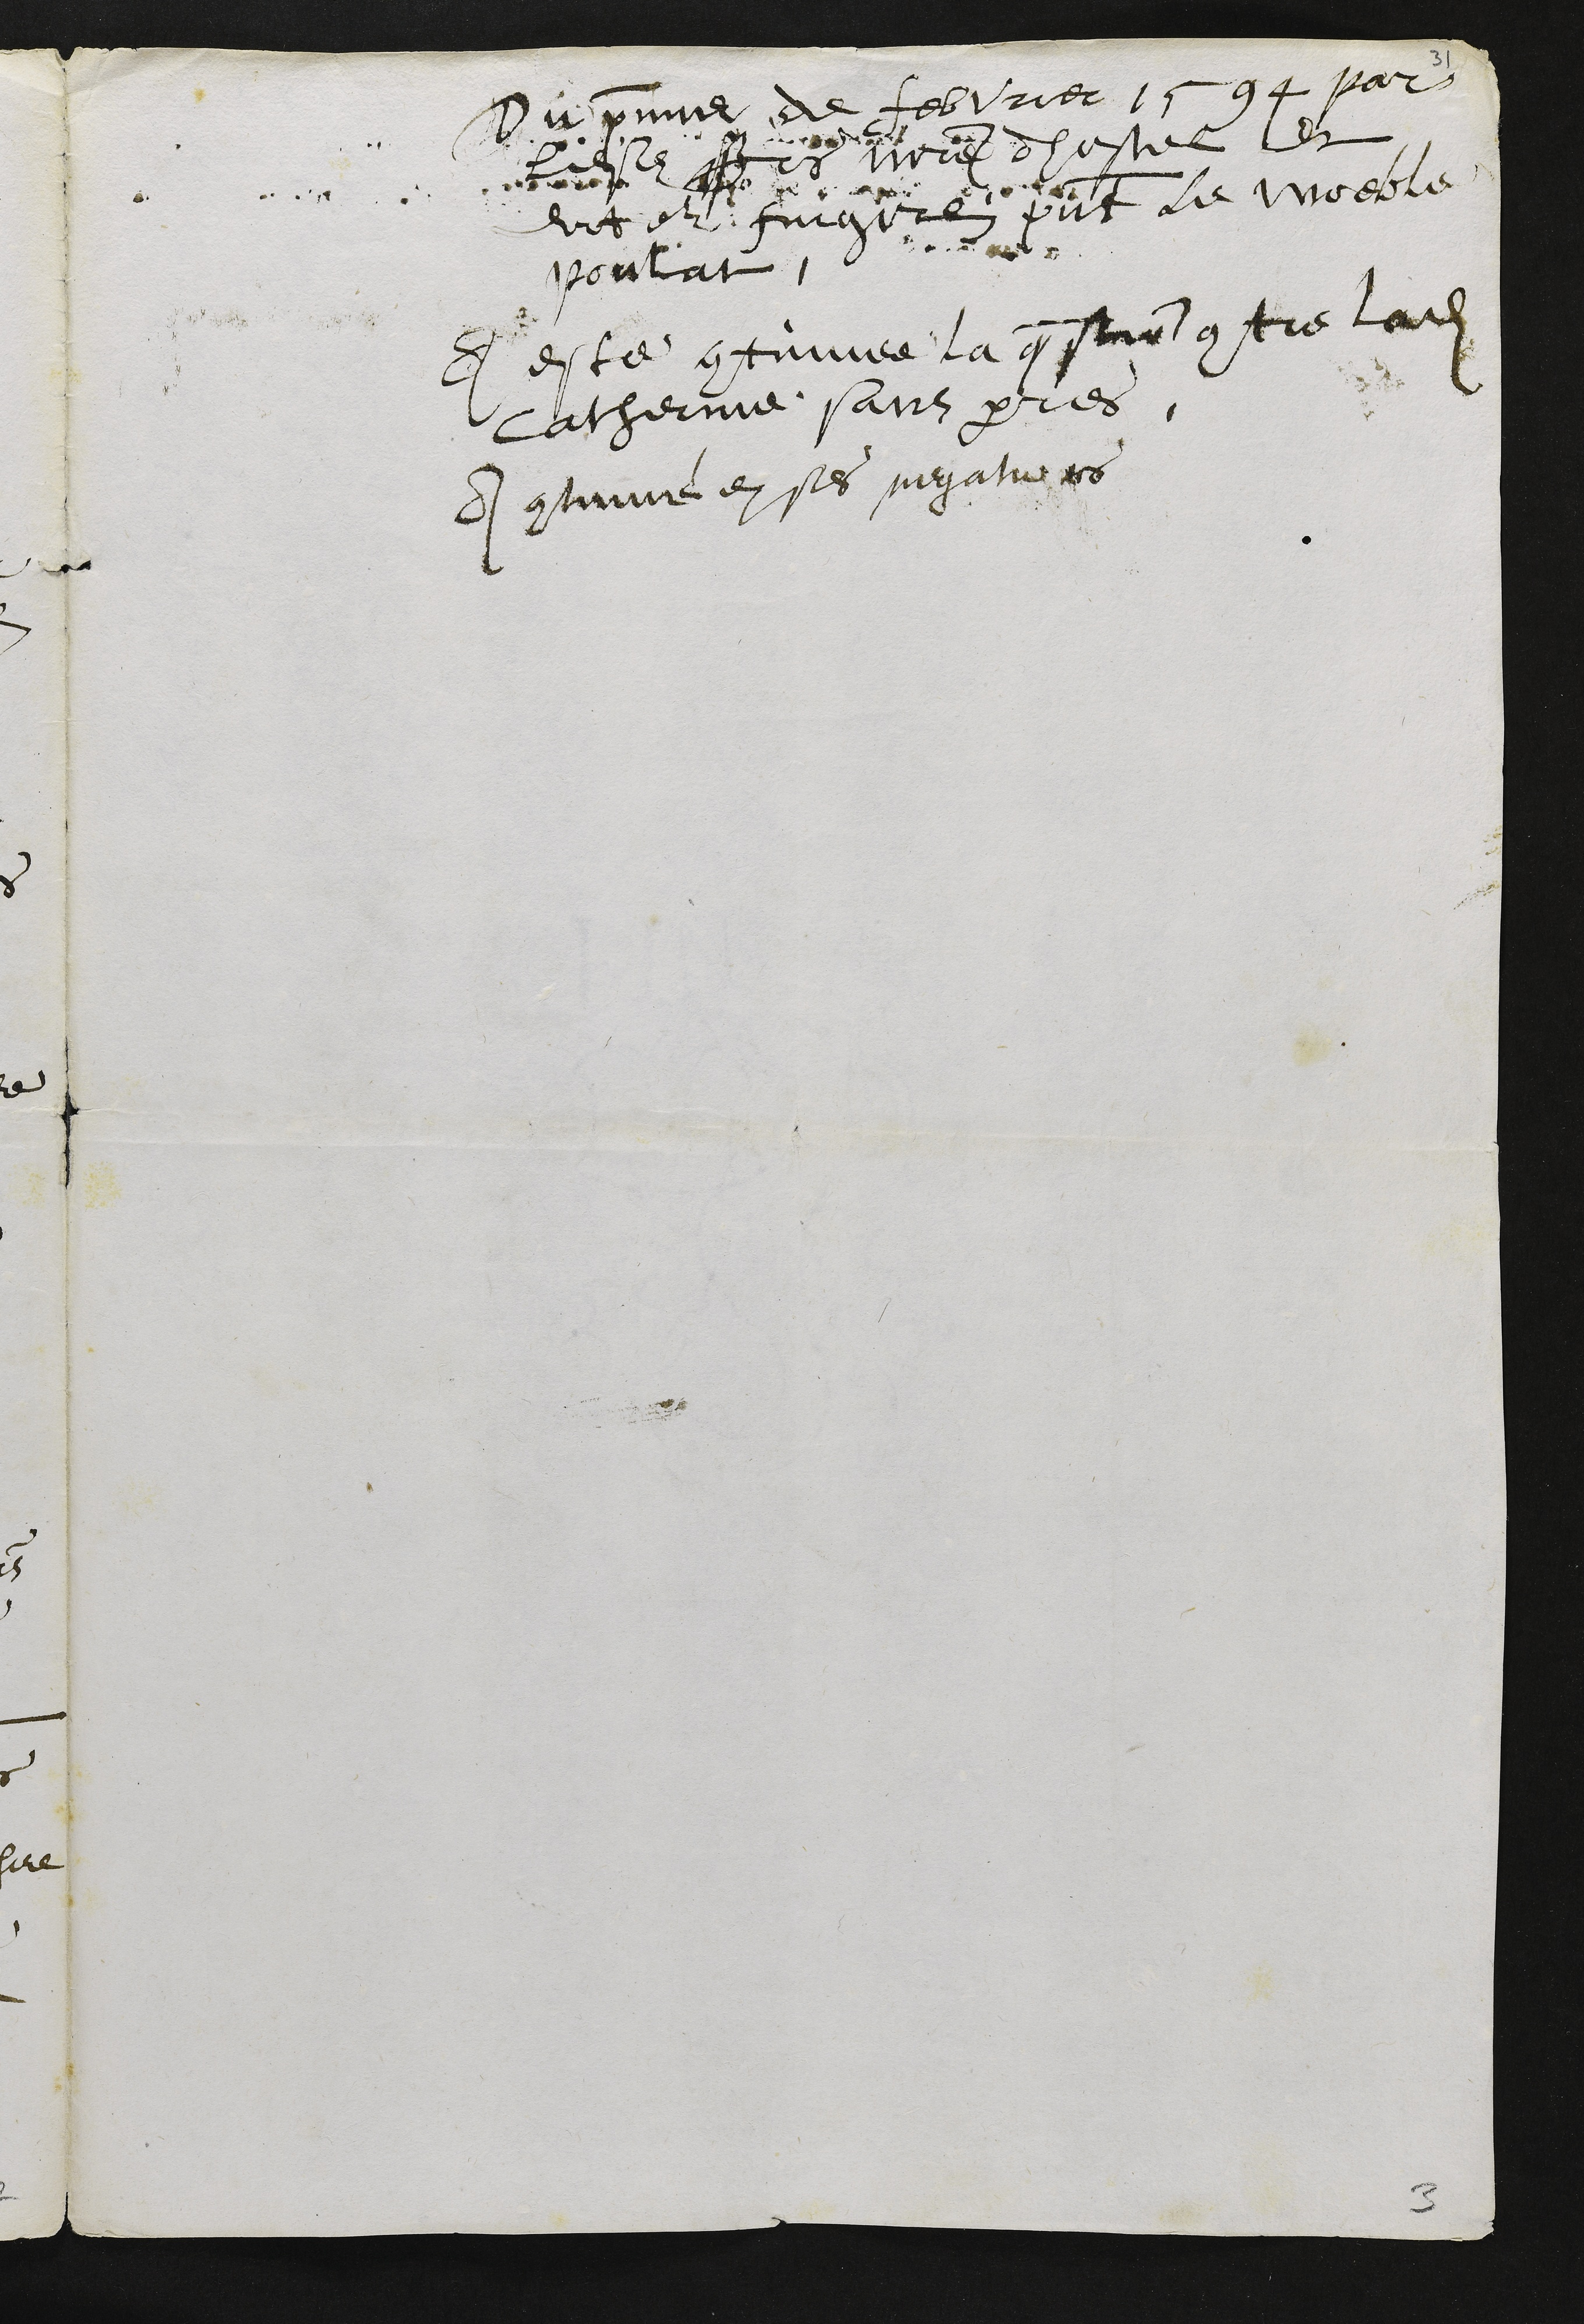
Du premier de febvier 1594 par
lesdits srs maitre dhostel et
docteur Fingerlin present le woeble
Poulat
A este continuee la qstion contre ladite
Catherine sans pres
A continué en ses negatives